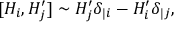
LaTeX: [ H _ { i } , H _ { j } ^ { \prime } ] \sim H _ { j } ^ { \prime } \delta _ { | i } - H _ { i } ^ { \prime } \delta _ { | j } ,